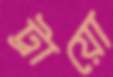
ট্রায়ো